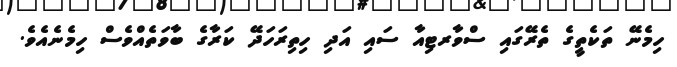
ހިމެނޭ ތަކެތީގެ ތެރޭގައި ސްވާރޓިއާ ސައި އަދި ހިތިރަހަދޭ ކަރާގެ ބާވަތެއްވެސް ހިމެނެއެވެ.